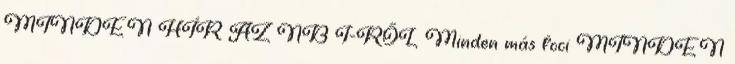
MINDEN HÍR AZ NB I-RŐL Minden más foci MINDEN